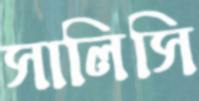
সালিসি